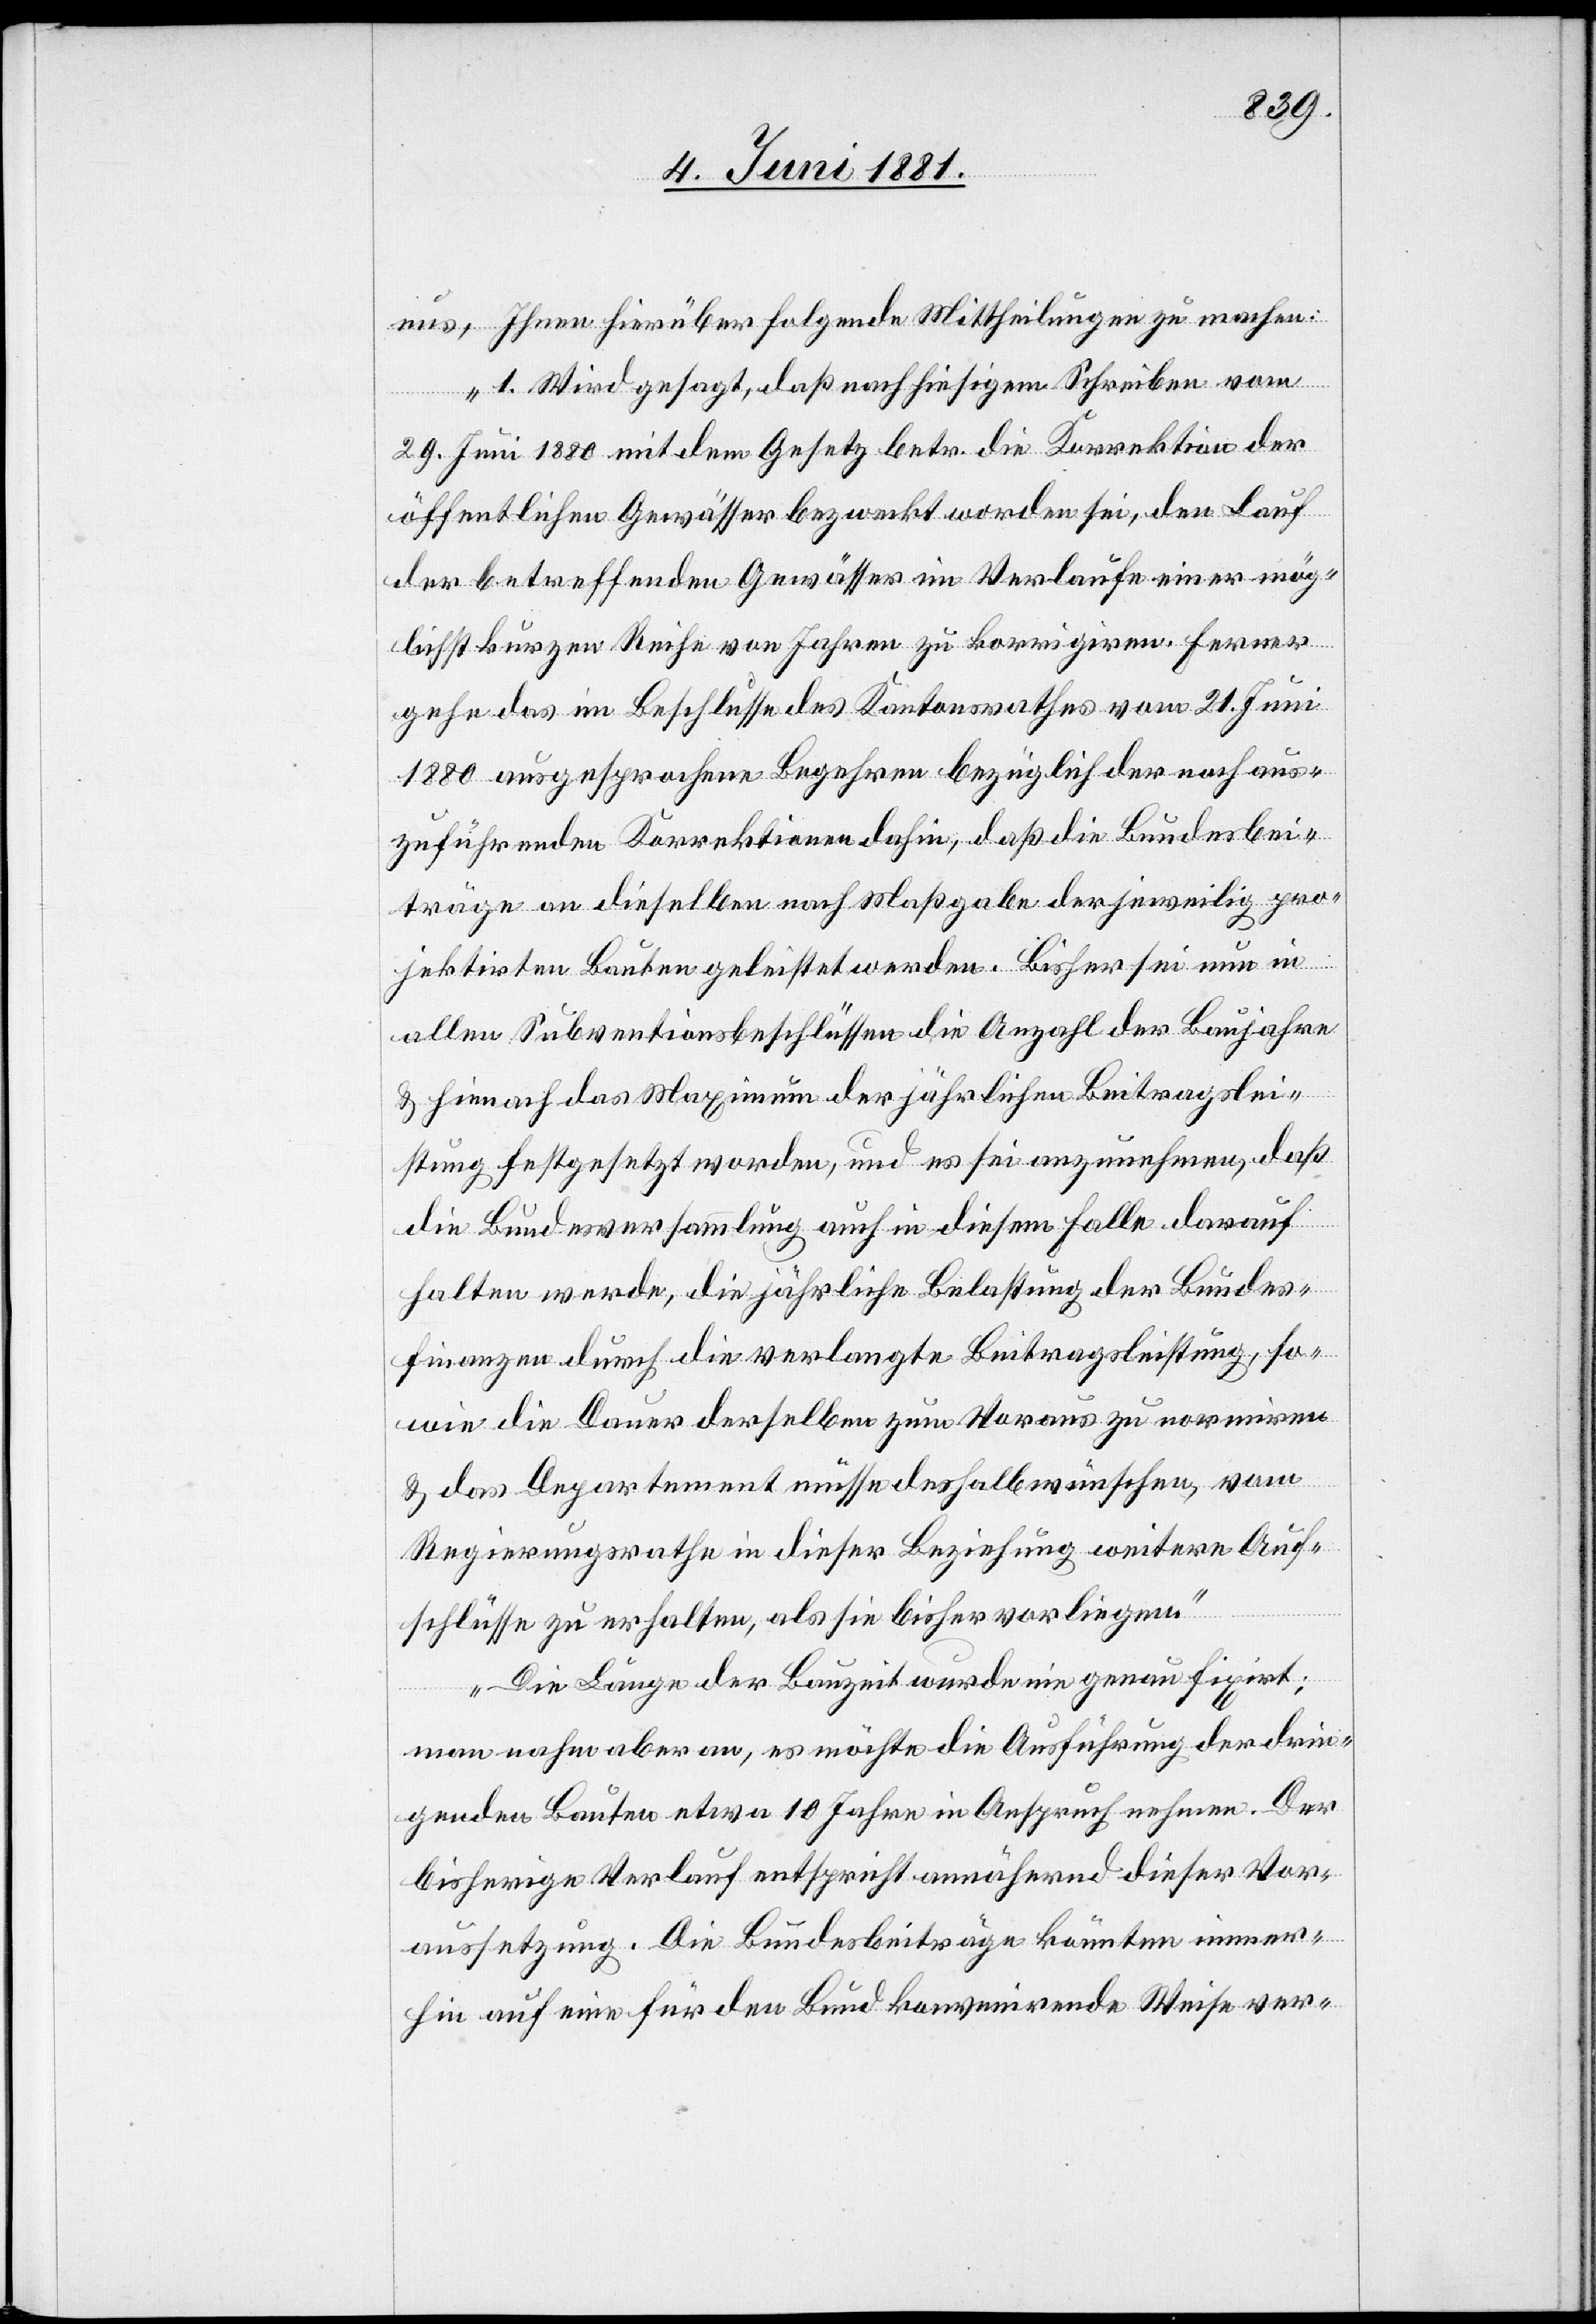
uns, Ihnen hierüber folgende Mittheilungen zu machen:
„1. Wird gesagt, daß nach hiesigem Schreiben vom
29. Juni 1880 mit dem Gesetz betr. die Korrektion der
öffentlichen Gewässer bezweckt worden sei, den Lauf
der betreffenden Gewässer im Verlaufe einer mög¬
lichst kurzen Reihe von Jahren zu korrigiren. Ferner
gehe das im Beschlusse des Kantonsrathes vom 21. Juni
1880 ausgesprochene Begehren bezüglich der noch aus¬
zuführenden Korrektionen dahin, daß die Bundesbei¬
träge an dieselben nach Maßgabe der jeweilig pro¬
jektirten Bauten geleistet werden. Bisher sei nun in
allen Subventionsbeschlüssen die Anzahl der Baujahre
& hienach das Maximum der jährlichen Beitragslei¬
stung festgesetzt worden, und es sei anzunehmen, daß
die Bundesversammlung auch in diesem Falle darauf
halten werde, die jährliche Belastung der Bundes¬
finanzen durch die verlangte Beitragsleistung, so¬
wie die Dauer derselben zum Voraus zu normiren
& das Departement müsse deshalb wünschen, vom
Regierungsrathe in dieser Beziehung weitere Auf¬
schlüsse zu erhalten, als sie bisher vorliegen.
Die Länge der Bauzeit wurde nie genau fixirt;
man nahm aber an, es möchte die Ausführung der drin¬
genden Bauten etwa 10 Jahre in Anspruch nehmen. Der
bisherige Verlauf entspricht annähernd dieser Vor¬
aussetzung. Die Bundesbeiträge könnten immer¬
hin auf eine für den Bund konvenirende Weise ver-